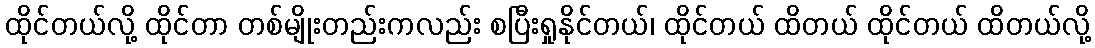
ထိုင်တယ်လို့ ထိုင်တာ တစ်မျိုးတည်းကလည်း စပြီးရှုနိုင်တယ်၊ ထိုင်တယ် ထိတယ် ထိုင်တယ် ထိတယ်လို့